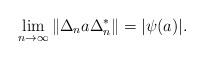
LaTeX: \begin{align*}\lim_{n\to\infty}\|\Delta_n a \Delta_n^*\|=|\psi(a)|.\end{align*}